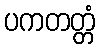
ပကတတ္တံ